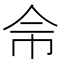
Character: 𢁭